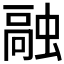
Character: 𫋊